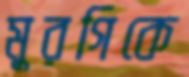
মুরগিকে